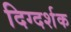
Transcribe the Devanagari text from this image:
दिग्‍दर्शक